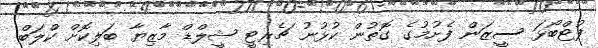
ފުޓްބޯޅަ ސީޒަން ފެށުމުގެ ގޮތުން ކުޅުނު ޗެރިޓީ ޝީލްޑް މާޒިޔާ ބަލިކޮށް ކްލަބް